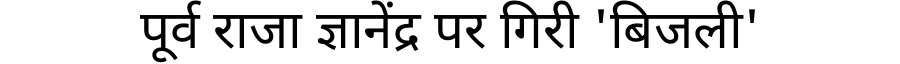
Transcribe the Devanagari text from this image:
पूर्व राजा ज्ञानेंद्र पर गिरी 'बिजली'